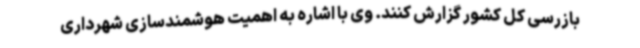
بازرسی کل کشور گزارش کنند. وی با اشاره به اهمیت هوشمندسازی شهرداری